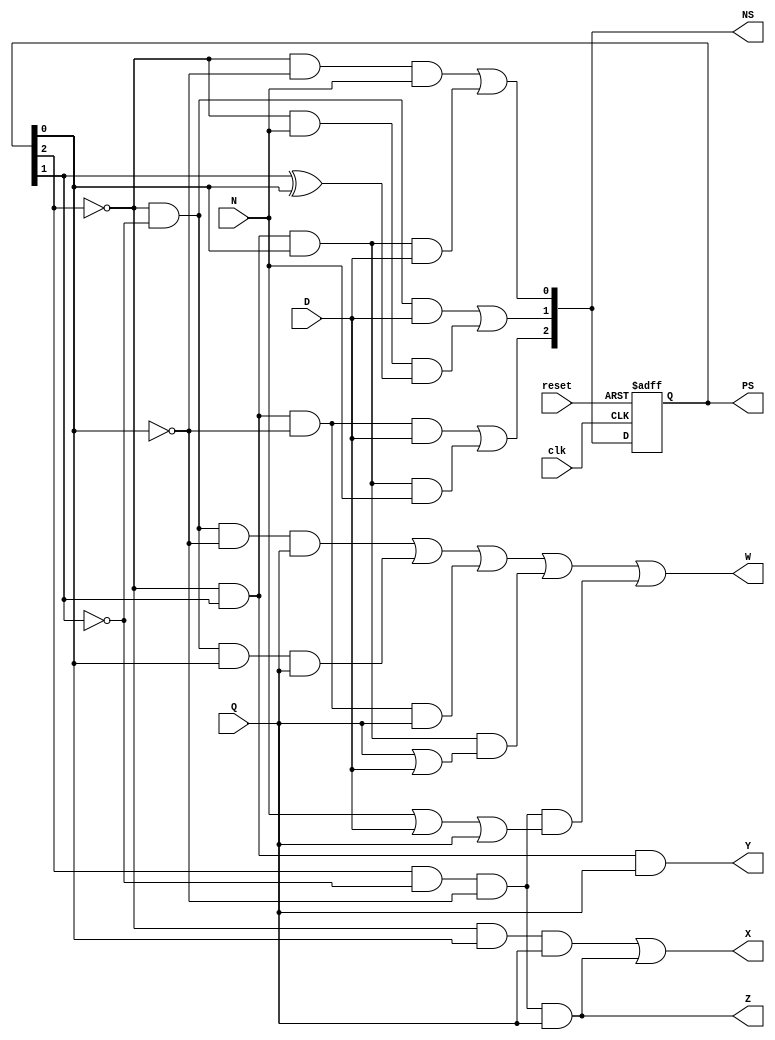

module cmpe125_lab6_tanveerkahlon (PS, N, D, Q, clk, reset, NS, W, X, Y, Z);
input N, D, Q, reset, clk;
output reg [2:0] PS, NS;
output reg W,X,Y,Z;
always @ (*)
begin
NS[2] = (~PS[2] & PS[1] & ~PS[0] & D) | (~PS[2] & PS[1] & PS[0] & N);
NS[1] = (~PS[2] & ~PS[1] & D) | (~PS[2] & N & (PS[1] ^ PS[0]));
NS[0] = (~PS[2] & ~PS[0] & N) | (~PS[2] & PS[1] & PS[0] & D);
end

always @ (posedge clk, posedge reset)
begin
if (reset)
PS <= 3'b000;
else
PS <= NS;
end

//outputs
always @(*)
begin
W = ((~PS[2])&(~PS[1])&(~PS[0])&Q) | ((~PS[2]) &(~PS[1])&(PS[0])&Q) | ((~PS[2])
& (PS[1])& (~PS[0])&Q) | ((~PS[2]) &(PS[1])&(PS[0])&(Q|D)) | ((PS[2])
&(~PS[1])&(~PS[0])&(N|D|Q));
X = (~PS[2] & PS[0] & Q) | (PS[2] & ~PS[1] & ~PS[0] & Q);
Y = ~PS[2] & PS[1] & Q;
Z = PS[2] & ~PS[1] & ~PS[0] & Q;
end
endmodule